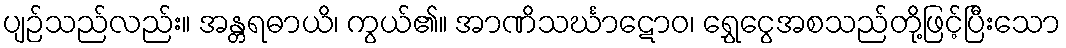
ပျဉ်သည်လည်း။ အန္တရဓာယိ၊ ကွယ်၏။ အာဏိသင်္ဃာဋောဝ၊ ရွှေငွေအစသည်တို့ဖြင့်ပြီးသော